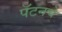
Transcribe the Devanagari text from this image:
पॅटनचे